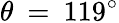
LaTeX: \theta\: =\: 119^{\circ}